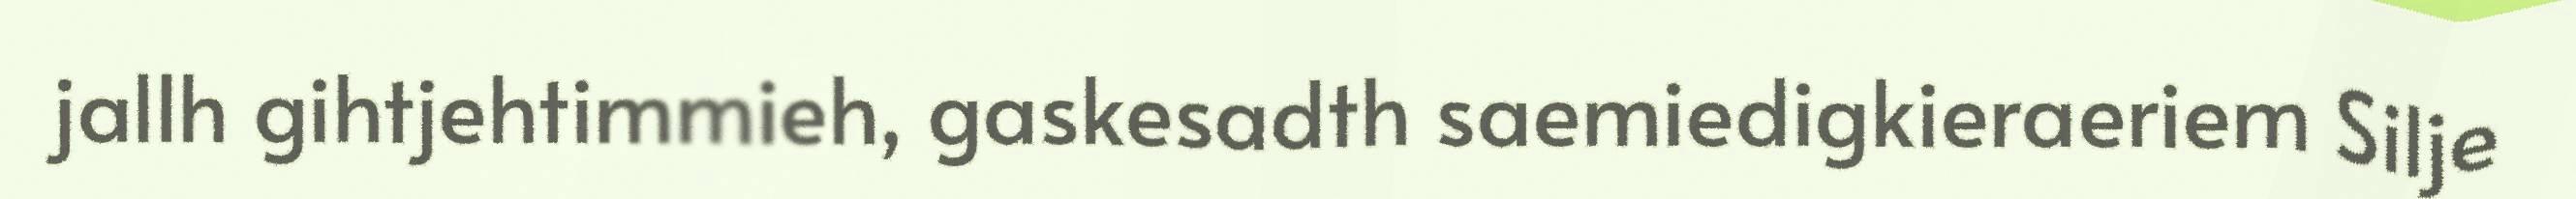
jallh gihtjehtimmieh, gaskesadth saemiedigkieraeriem Silje